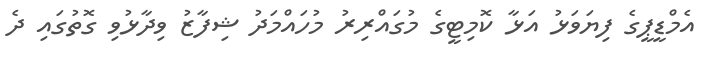
އެމްޑީޕީގެ ފިޔަވަޅު އަޅާ ކޮމިޓީގެ މުގައްރިރު މުހައްމަދު ޝިފާޒު ވިދާޅުވި ގޮތުގައި ދެ